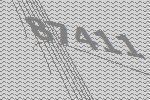
87411